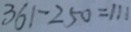
3 6 1 - 2 5 0 = 1 1 1